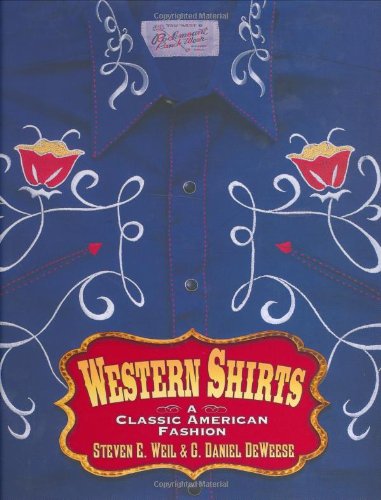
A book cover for Western Shirts: A Classic American Fashion; G DeWeese; Humor & Entertainment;